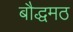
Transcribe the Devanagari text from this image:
बौद्धमठ